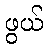
ဖွယ်